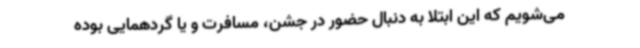
می‌شویم که این ابتلا به دنبال حضور در جشن، مسافرت و یا گردهمایی بوده